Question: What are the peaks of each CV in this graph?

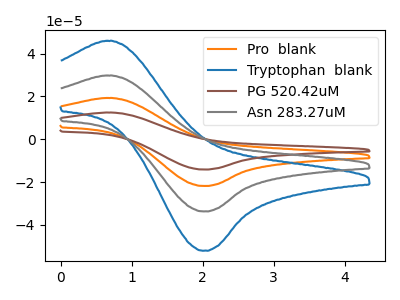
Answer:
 <answer>The orange curve "Pro  blank" has an anodic peak at (0.70V, 59.55uA) and a cathodic peak at (2.00V, -67.45uA). The blue curve "Tryptophan  blank" has an anodic peak at (0.70V, 46.00uA) and a cathodic peak at (2.00V, -52.05uA). The brown curve "PG 520.42uM" has an anodic peak at (0.70V, 89.35uA) and a cathodic peak at (2.00V, -101.15uA). The gray curve "Asn 283.27uM" has an anodic peak at (0.70V, 29.80uA) and a cathodic peak at (2.00V, -33.70uA).</answer>
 <eval></eval>